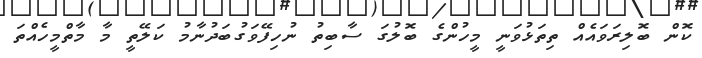
ކޮން ބޮލިރަވައެއް ތިތަޅުވަނީ މީހުންގެ ބޮލުގަ ސާބިތު ނުހިފޭވަގުބަދުނާމު ކަލޭތީ މާ މާތްމީހެއްތަ